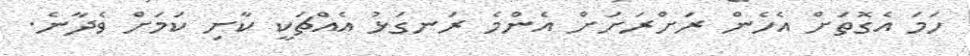
ހަމަ އެގޮތަށް އެހެން ރަށްރަށަށް އެންމެ ރަނގަޅު އެއްޗަކީ ކާށި ކަމަށް ވެދާނެ.